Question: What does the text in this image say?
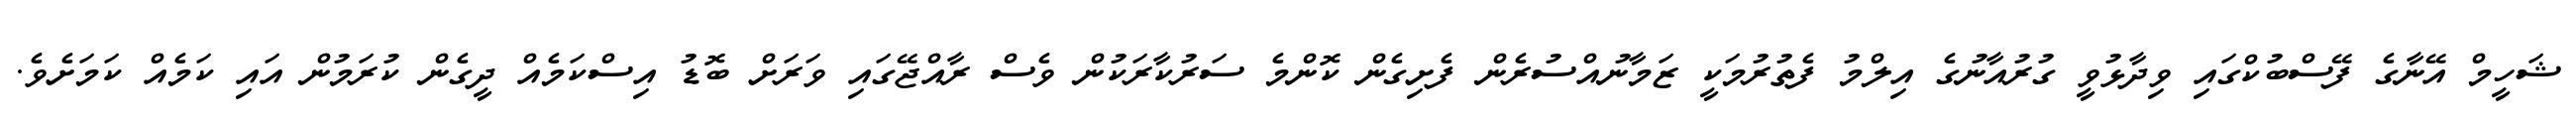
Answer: ޝަހީމް އޭނާގެ ފޭސްބުކްގައި ވިދާޅުވީ ގުރުއާނުގެ އިލްމު ފެތުރުމަކީ ޒަމާނުއްސުރެން ފެށިގެން ކޮންމެ ސަރުކާރަކުން ވެސް ރާއްޖޭގައި ވަރަށް ބޮޑު އިސްކަމެއް ދީގެން ކުރަމުން އައި ކަމެއް ކަމަށެވެ.